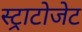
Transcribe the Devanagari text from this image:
स्ट्राटोजेट